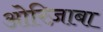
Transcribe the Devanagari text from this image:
ओरिज़ाबा